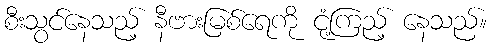
စီးသွင်နေသည့် နီဗားမြစ်ရေကို ငုံ့ကြည့် နေသည်။